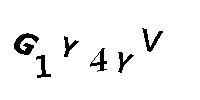
G1Y4YV